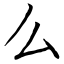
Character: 么